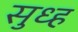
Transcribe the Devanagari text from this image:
सुध्ह